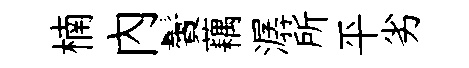
楠內鬢藕潺所平劣